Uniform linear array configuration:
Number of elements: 32
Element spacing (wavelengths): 0.75
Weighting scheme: kaiser
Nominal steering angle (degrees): -45
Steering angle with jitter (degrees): -45.932
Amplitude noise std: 0.05
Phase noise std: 0.05

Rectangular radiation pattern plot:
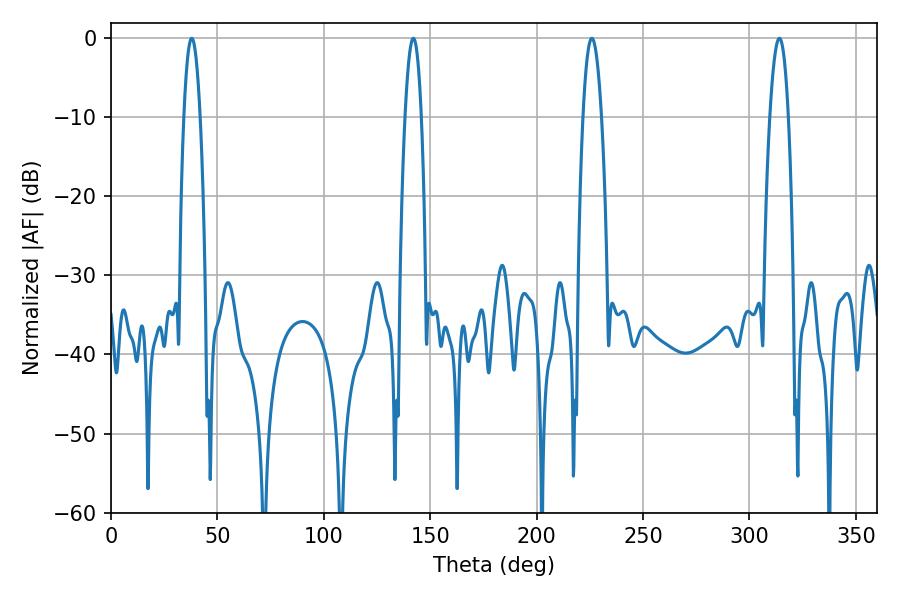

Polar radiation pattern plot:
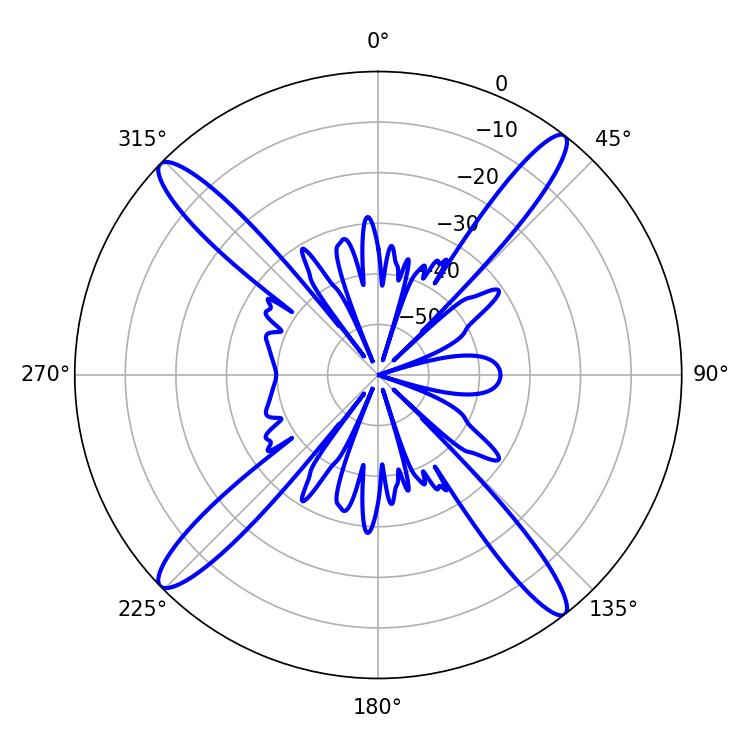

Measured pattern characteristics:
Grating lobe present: TRUE
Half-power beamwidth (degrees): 4.86
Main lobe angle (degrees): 225.9